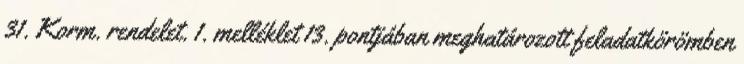
31. Korm. rendelet. 1. melléklet 13. pontjában meghatározott feladatkörömben